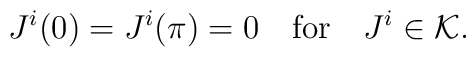
J^i (0) =J^i (\pi) = 0 \quad{\rm for}\quad J^i \in {\cal K}.